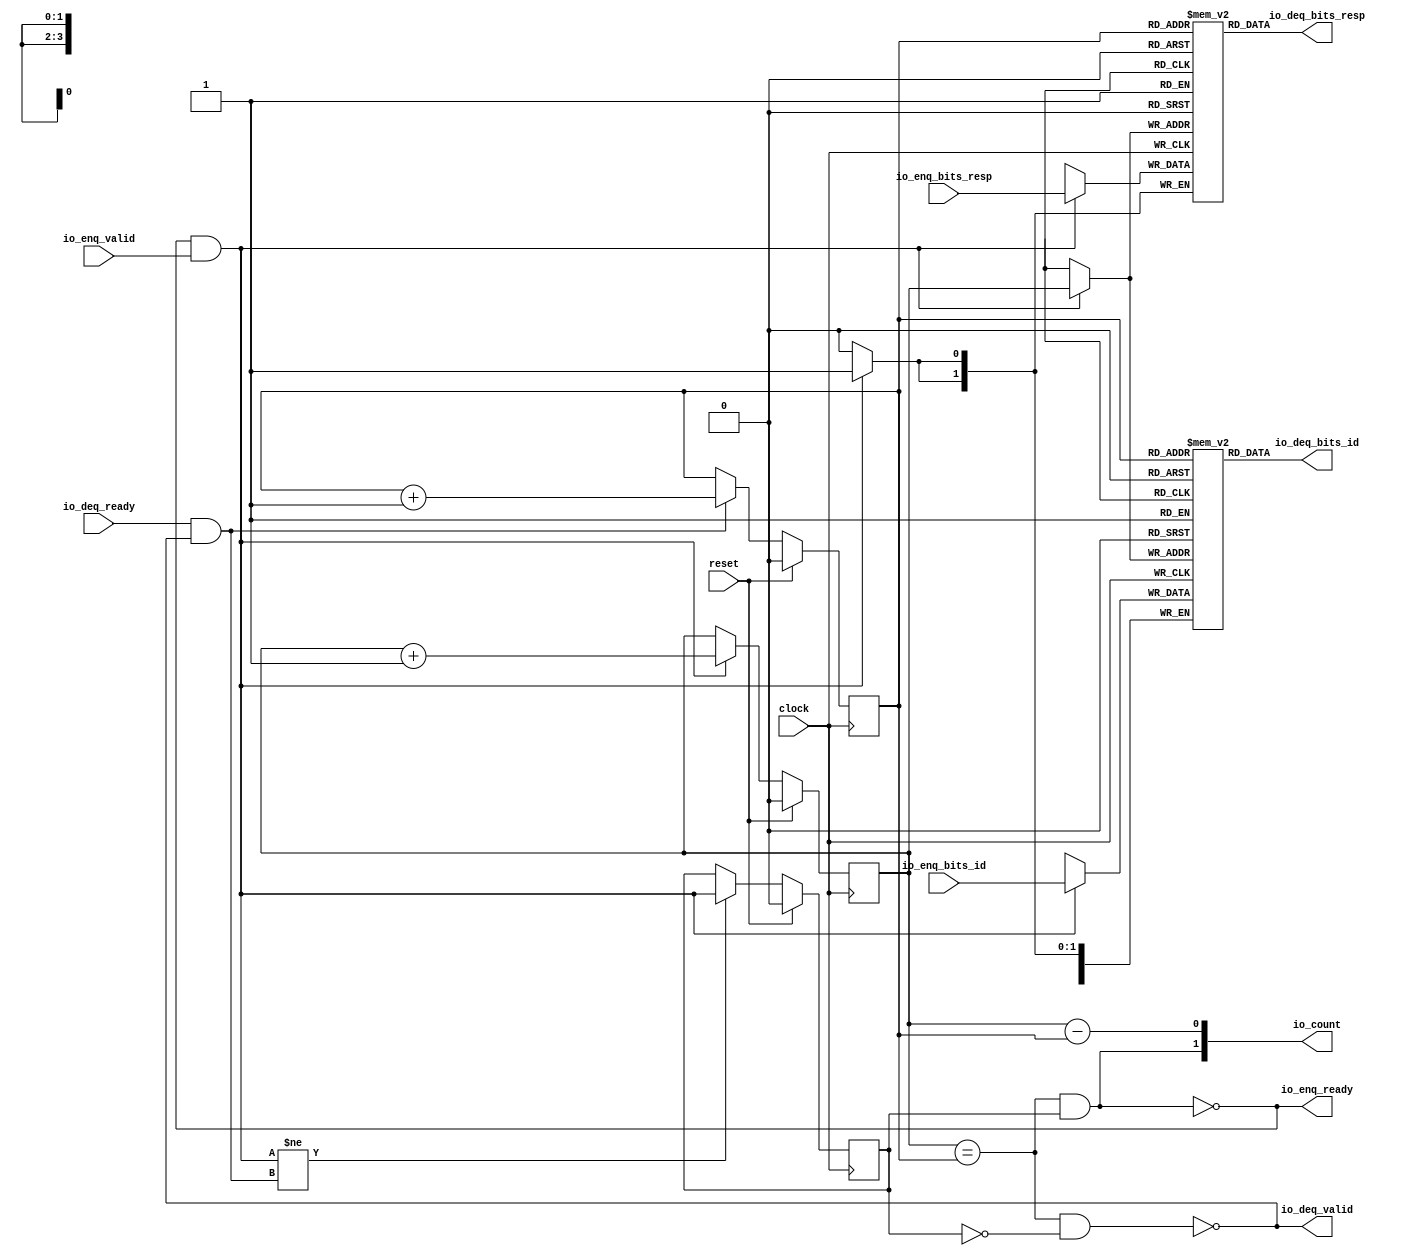
module Queue_9(
  input   clock,
  input   reset,
  output  io_enq_ready,
  input   io_enq_valid,
  input  [3:0] io_enq_bits_id,
  input  [1:0] io_enq_bits_resp,
  input   io_deq_ready,
  output  io_deq_valid,
  output [3:0] io_deq_bits_id,
  output [1:0] io_deq_bits_resp,
  output [1:0] io_count
);
  reg [3:0] ram_id [0:1];
  reg [31:0] _GEN_0;
  wire [3:0] ram_id__T_70_data;
  wire  ram_id__T_70_addr;
  wire [3:0] ram_id__T_52_data;
  wire  ram_id__T_52_addr;
  wire  ram_id__T_52_mask;
  wire  ram_id__T_52_en;
  reg [1:0] ram_resp [0:1];
  reg [31:0] _GEN_1;
  wire [1:0] ram_resp__T_70_data;
  wire  ram_resp__T_70_addr;
  wire [1:0] ram_resp__T_52_data;
  wire  ram_resp__T_52_addr;
  wire  ram_resp__T_52_mask;
  wire  ram_resp__T_52_en;
  reg  _T_41;
  reg [31:0] _GEN_2;
  reg  _T_43;
  reg [31:0] _GEN_3;
  reg  maybe_full;
  reg [31:0] _GEN_4;
  wire  _T_45;
  wire  _T_47;
  wire  _T_48;
  wire  _T_49;
  wire  _T_50;
  wire  do_enq;
  wire  _T_51;
  wire  do_deq;
  wire [1:0] _T_58;
  wire  _T_59;
  wire  _GEN_5;
  wire [1:0] _T_63;
  wire  _T_64;
  wire  _GEN_6;
  wire  _T_65;
  wire  _GEN_7;
  wire  _T_67;
  wire  _T_69;
  wire [1:0] _T_73;
  wire  _T_74;
  wire  _T_75;
  wire [1:0] _T_76;
  assign io_enq_ready = _T_69;
  assign io_deq_valid = _T_67;
  assign io_deq_bits_id = ram_id__T_70_data;
  assign io_deq_bits_resp = ram_resp__T_70_data;
  assign io_count = _T_76;
  assign ram_id__T_70_addr = _T_43;
  assign ram_id__T_70_data = ram_id[ram_id__T_70_addr];
  assign ram_id__T_52_data = io_enq_bits_id;
  assign ram_id__T_52_addr = _T_41;
  assign ram_id__T_52_mask = do_enq;
  assign ram_id__T_52_en = do_enq;
  assign ram_resp__T_70_addr = _T_43;
  assign ram_resp__T_70_data = ram_resp[ram_resp__T_70_addr];
  assign ram_resp__T_52_data = io_enq_bits_resp;
  assign ram_resp__T_52_addr = _T_41;
  assign ram_resp__T_52_mask = do_enq;
  assign ram_resp__T_52_en = do_enq;
  assign _T_45 = _T_41 == _T_43;
  assign _T_47 = maybe_full == 1'h0;
  assign _T_48 = _T_45 & _T_47;
  assign _T_49 = _T_45 & maybe_full;
  assign _T_50 = io_enq_ready & io_enq_valid;
  assign do_enq = _T_50;
  assign _T_51 = io_deq_ready & io_deq_valid;
  assign do_deq = _T_51;
  assign _T_58 = _T_41 + 1'h1;
  assign _T_59 = _T_58[0:0];
  assign _GEN_5 = do_enq ? _T_59 : _T_41;
  assign _T_63 = _T_43 + 1'h1;
  assign _T_64 = _T_63[0:0];
  assign _GEN_6 = do_deq ? _T_64 : _T_43;
  assign _T_65 = do_enq != do_deq;
  assign _GEN_7 = _T_65 ? do_enq : maybe_full;
  assign _T_67 = _T_48 == 1'h0;
  assign _T_69 = _T_49 == 1'h0;
  assign _T_73 = _T_41 - _T_43;
  assign _T_74 = _T_73[0:0];
  assign _T_75 = maybe_full & _T_45;
  assign _T_76 = {_T_75,_T_74};
`ifdef RANDOMIZE
  integer initvar;
  initial begin
    `ifndef verilator
      #0.002 begin end
    `endif
  _GEN_0 = {1{$random}};
  `ifdef RANDOMIZE_MEM_INIT
  for (initvar = 0; initvar < 2; initvar = initvar+1)
    ram_id[initvar] = _GEN_0[3:0];
  `endif
  _GEN_1 = {1{$random}};
  `ifdef RANDOMIZE_MEM_INIT
  for (initvar = 0; initvar < 2; initvar = initvar+1)
    ram_resp[initvar] = _GEN_1[1:0];
  `endif
  `ifdef RANDOMIZE_REG_INIT
  _GEN_2 = {1{$random}};
  _T_41 = _GEN_2[0:0];
  `endif
  `ifdef RANDOMIZE_REG_INIT
  _GEN_3 = {1{$random}};
  _T_43 = _GEN_3[0:0];
  `endif
  `ifdef RANDOMIZE_REG_INIT
  _GEN_4 = {1{$random}};
  maybe_full = _GEN_4[0:0];
  `endif
  end
`endif
  always @(posedge clock) begin
    if(ram_id__T_52_en & ram_id__T_52_mask) begin
      ram_id[ram_id__T_52_addr] <= ram_id__T_52_data;
    end
    if(ram_resp__T_52_en & ram_resp__T_52_mask) begin
      ram_resp[ram_resp__T_52_addr] <= ram_resp__T_52_data;
    end
    if (reset) begin
      _T_41 <= 1'h0;
    end else begin
      if (do_enq) begin
        _T_41 <= _T_59;
      end
    end
    if (reset) begin
      _T_43 <= 1'h0;
    end else begin
      if (do_deq) begin
        _T_43 <= _T_64;
      end
    end
    if (reset) begin
      maybe_full <= 1'h0;
    end else begin
      if (_T_65) begin
        maybe_full <= do_enq;
      end
    end
  end
endmodule